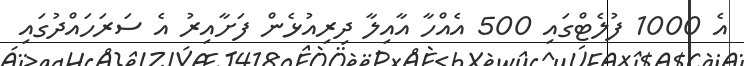
އެ 1000 ފުލެޓްގައި 500 އެއްހާ އާއިލާ ދިރިއުޅެން ފަށާއިރު އެ ސަރަހައްދުގައި